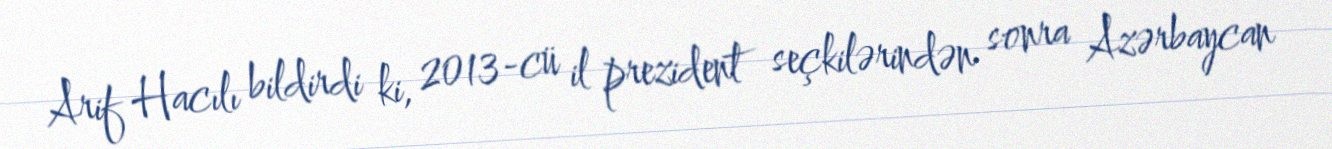
Arif Hacılı bildirdi ki, 2013-cü il prezident seçkilərindən sonra Azərbaycan